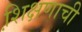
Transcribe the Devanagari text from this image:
शि़क्षणाची